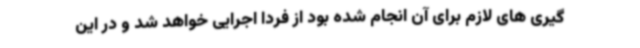
گیری های لازم برای آن انجام شده بود از فردا اجرایی خواهد شد و در این